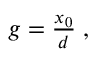
\begin{array} { r } { g = \frac { x _ { 0 } } { d } \; , } \end{array}